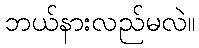
ဘယ်နားလည်မလဲ။